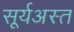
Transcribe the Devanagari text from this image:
सूर्यअस्त